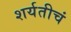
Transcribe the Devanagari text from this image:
शर्यतीचं